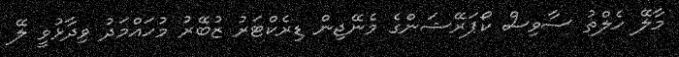
މާލޭ ހެލްތު ސާވިސް ކޯޕަރޭޝަންގެ މެނޭޖިން ޑިރެކްޓަރު ޒުބޭރު މުހައްމަދު ވިދާޅުވީ ލޭ